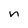
Character: n